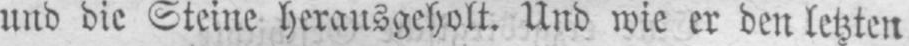
und die Steine herausgeholt. Und wie er den letzten